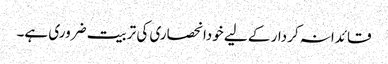
قائدانہ کردار کے لیے خودانحصاری کی تربیت ضروری ہے۔